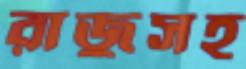
রাজুসহ